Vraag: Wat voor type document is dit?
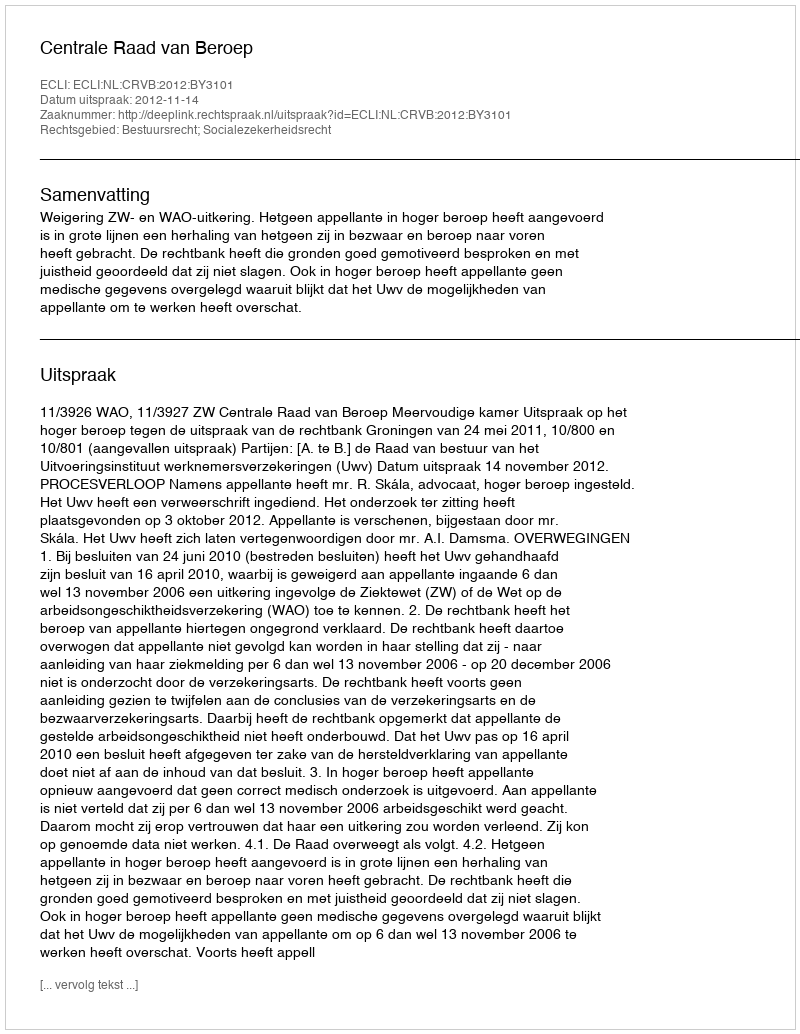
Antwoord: Uitspraak